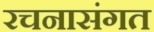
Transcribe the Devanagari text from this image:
रचनासंगत